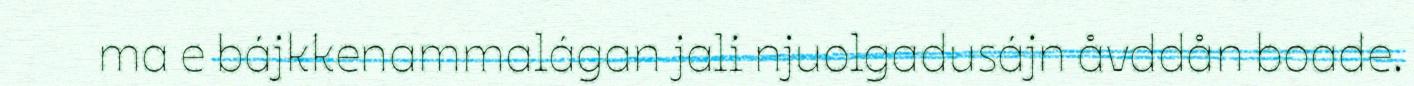
ma e bájkkenammalágan jali njuolgadusájn åvddån boade.